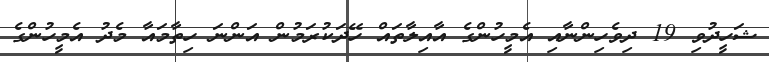
ޝަހީދުވި 19 ދިވެހިންނާއި އެމީހުންގެ އާއިލާތައް ހޭދަކުރަމުން އަންނަ ހިތާމައާ މެދު އެމީހުންގެ